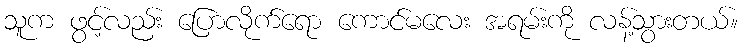
သူက ဖွင့်လည်း ပြောလိုက်ရော ကောင်မလေး အရမ်းကို လန့်သွားတယ်။